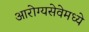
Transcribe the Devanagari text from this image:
आरोग्यसेवेमध्ये